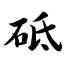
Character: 砥